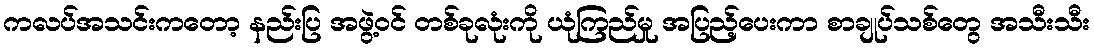
ကလပ်အသင်းကတော့ နည်းပြ အဖွဲ့ဝင် တစ်ခုလုံးကို ယုံကြည်မှု အပြည့်ပေးကာ စာချုပ်သစ်တွေ အသီးသီး